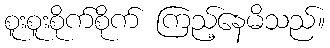
စူးစူးစိုက်စိုက် ကြည့်နေမိသည်။